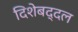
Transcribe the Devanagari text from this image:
दिशेबद्दल